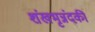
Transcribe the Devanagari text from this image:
शंखभृन्नंदकी